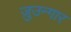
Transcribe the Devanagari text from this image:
ज़ुउन्गार